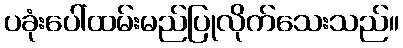
ပခုံးပေါ်ထမ်းမည်ပြုလိုက်သေးသည်။